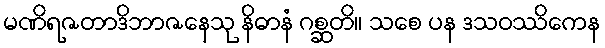
မဏိရဇတာဒိဘာဇနေသု နိဓာနံ ဂစ္ဆတိ။ သစေ ပန ဒသဝဿိကေန